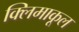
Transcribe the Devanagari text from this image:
क्लिमाकूल